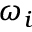
\omega _ { i }